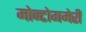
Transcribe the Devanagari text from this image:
मोन्टोगमेरी